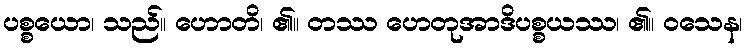
ပစ္စယော၊ သည်။ ဟောတိ၊ ၏။ တဿ ဟေတုအာဒိပစ္စယဿ၊ ၏။ ဝသေန၊